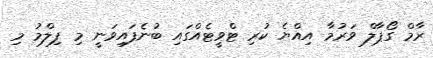
ރާމް ގޯޕާލް ވަރުމާ އިއްޔެ ކުރި ޓްވީޓެއްގައި ބުނެފައިވަނީ މި ފިލްމު މި